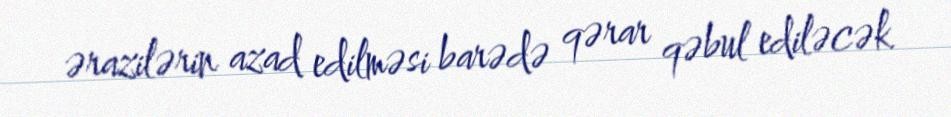
ərazilərin azad edilməsi barədə qərar qəbul ediləcək.